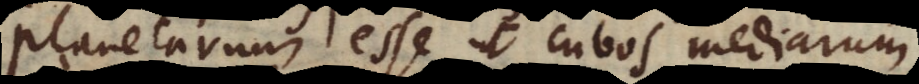
planetarum esse ut cubos mediarum